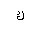
Letter: _kaf